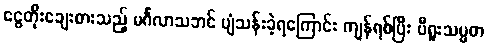
ငွေတိုးချေးစားသည့် မင်္ဂလာသဘင် ပျံသန်းခဲ့ရကြောင်း ကျန်ရစ်ပြီး ပီရူးသမ္မတ